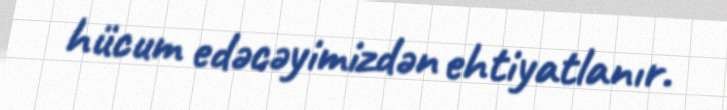
hücum edəcəyimizdən ehtiyatlanır.